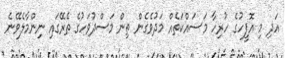
އަދި މި އޮފީހުގެ ހުރިހާ މަސައްކަތެއް މަދުވެގެން ތިން މަސްދުވަހުގެ ތެރޭގައި ނިންމާލެވޭނެ